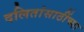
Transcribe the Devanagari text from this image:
दलितांसाठींच्या